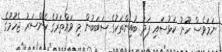
ނަމަވެސް ހޫނު ކަޅުސައި ފަދަ ބުއިންތަކުގެ ސަބަބުން މި ވައްތަރުގެ ކެންސަރު ޖެހުމުގެ